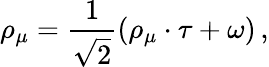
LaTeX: \rho_{\mu}={\frac{1}{{\sqrt 2}}}(\rho_{\mu}\cdot\tau+\omega)\, ,